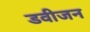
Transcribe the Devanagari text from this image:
डवीजन